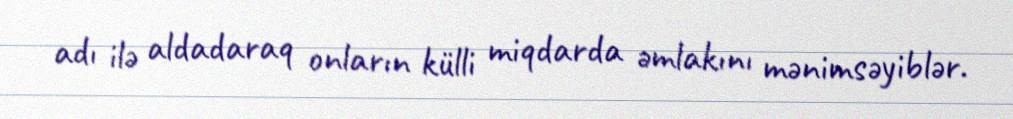
adı ilə aldadaraq onların külli miqdarda əmlakını mənimsəyiblər.